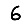
Digit: 6